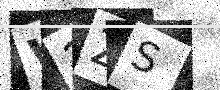
Text: W3ZS